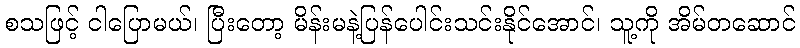
စသဖြင့် ငါပြောမယ်၊ ပြီးတော့ မိန်းမနဲ့ပြန်ပေါင်းသင်းနိုင်အောင်၊ သူ့ကို အိမ်တဆောင်